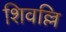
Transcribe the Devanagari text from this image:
शिवल्लि